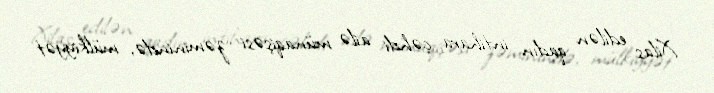
Xilas edilən qadın intihara cəhdi ailə münaqişəsi zəminində, mülkiyyət